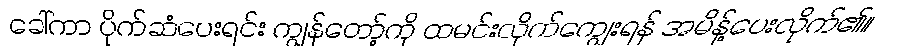
ခေါ်ကာ ပိုက်ဆံပေးရင်း ကျွန်တော့်ကို ထမင်းလိုက်ကျွေးရန် အမိန့်ပေးလိုက်၏။